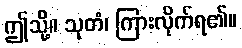
ဤသို့။ သုတံ၊ ကြားလိုက်ရ၏။